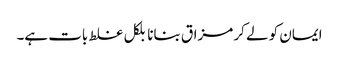
ایمان کو لے کر مزاق بنانا بلکل غلط بات ہے۔